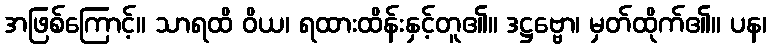
အဖြစ်ကြောင့်။ သာရထိ ဝိယ၊ ရထားထိန်းနှင့်တူ၏။ ဒဋ္ဌဗ္ဗော၊ မှတ်ထိုက်၏။ ပန၊